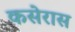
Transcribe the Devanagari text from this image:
कसेरास